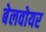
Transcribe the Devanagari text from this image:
बेलवोयर